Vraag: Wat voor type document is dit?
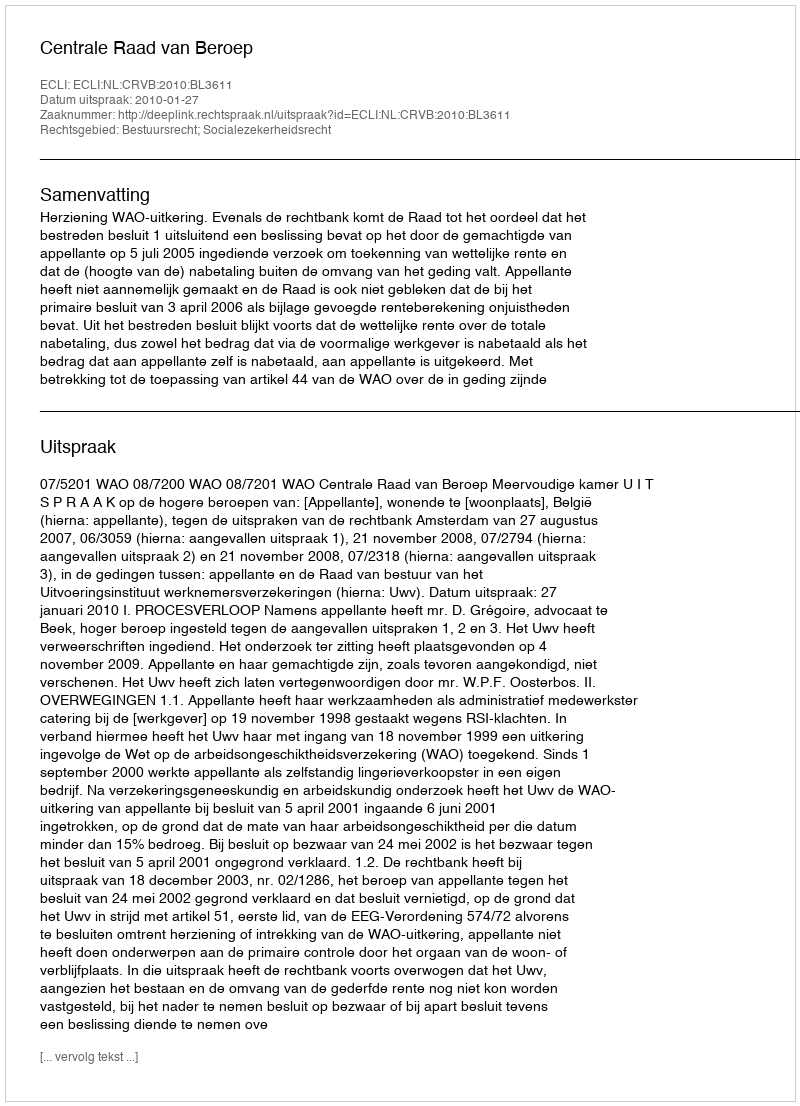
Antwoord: Uitspraak